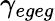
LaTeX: \gamma_{egeg}